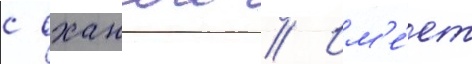
с оханои // Им'е́ет